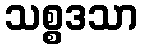
သစ္စဒသာ